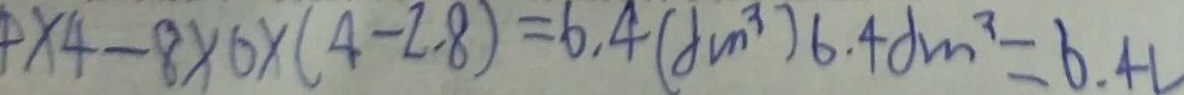
\times 4 - 8 \times 6 \times ( 4 - 2 . 8 ) = 6 . 4 ( d m ^ { 3 } ) 6 . 4 d m ^ { 3 } = 6 . 4 L